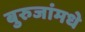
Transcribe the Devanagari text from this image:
बुरुजांमधे